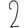
Digit: 2